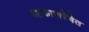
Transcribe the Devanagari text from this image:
आकाशरेषेत